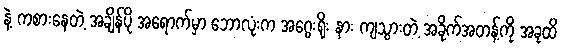
နဲ့ ကစားနေတဲ့ အချိန်ပို အရောက်မှာ ဘောလုံးက အဂွေးရိုး နား ကျသွားတဲ့ အခိုက်အတန့်ကို အခုထိ